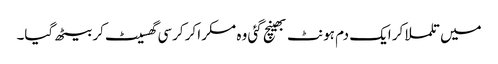
میں تلملا کر ایک دم ہونٹ بھینچ گئی وہ مسکرا کر کرسی گھسیٹ کر بیٹھ گیا۔